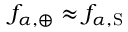
f _ { \alpha , \oplus } \approx f _ { \alpha , \mathrm { S } }